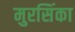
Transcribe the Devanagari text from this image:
मुरसिंका